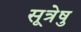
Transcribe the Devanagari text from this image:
सूत्रेषु